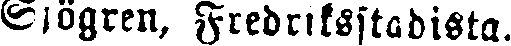
Sjögren, Fredriksstadista.